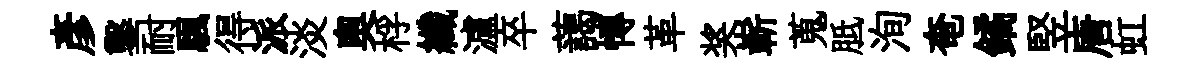
彥鑿耐颿得派淡奧桴纖瀘卒藹慱革奖嶄蒐胝洵奄鐍竪唐虹